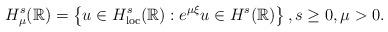
LaTeX: \begin{align*}H^s_{\mu}(\mathbb{R}) =\left\{ u \in H^s_{\rm loc}(\mathbb{R}) : e^{\mu \xi} u \in H^s(\mathbb{R}) \right\}, s \geq 0, \mu > 0.\end{align*}